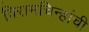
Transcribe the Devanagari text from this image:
विरामचिन्हांची